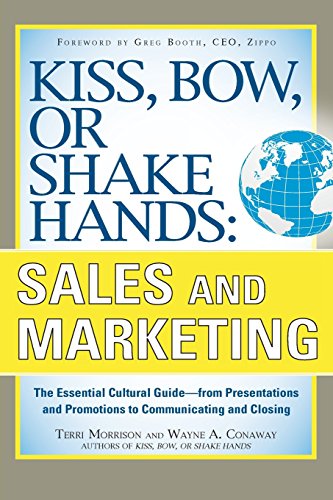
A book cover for Kiss, Bow, or Shake Hands, Sales and Marketing: The Essential Cultural GuideFrom Presentations and Promotions to Communicating and Closing; Terri Morrison; Business & Money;